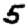
Digit: 5